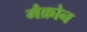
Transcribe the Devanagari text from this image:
मैक्रोन